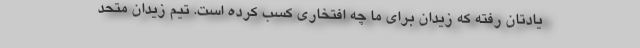
یادتان رفته که زیدان برای ما چه افتخاری کسب کرده است. تیم زیدان متحد